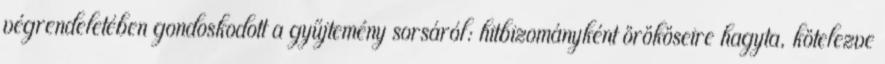
végrendeletében gondoskodott a gyűjtemény sorsáról: hitbizományként örököseire hagyta, kötelezve